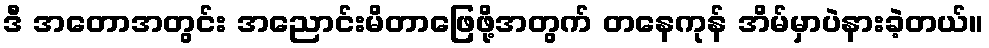
ဒီ အတောအတွင်း အညောင်းမိတာဖြေဖို့အတွက် တနေကုန် အိမ်မှာပဲနားခဲ့တယ်။